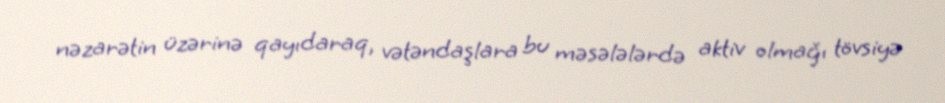
nəzarətin üzərinə qayıdaraq, vətəndaşlara bu məsələlərdə aktiv olmağı tövsiyə